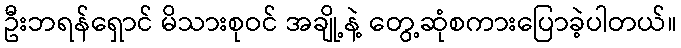
ဦးဘရန်ရှောင် မိသားစုဝင် အချို့နဲ့ တွေ့ဆုံစကားပြောခဲ့ပါတယ်။